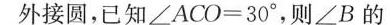
外接圆，已知\angleACO=30°，则\angleB